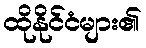
ထိုနိုင်ငံများ၏